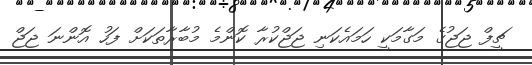
ޗީފް ޖަޖުގެ މަގާމަކީ ހަމައެކަނި ޖަޖްކުރާ ކޮންމެ މުބާރާތަކަށް ފަހު އޮންނަ ޖަޖް